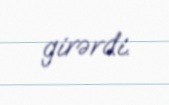
girərdi.